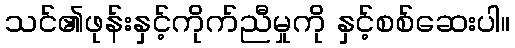
သင်၏ဖုန်းနှင့်ကိုက်ညီမှုကို နှင့်စစ်ဆေးပါ။